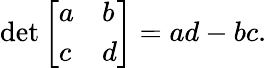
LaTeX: \operatorname*{det}{\left[\begin{array}{ll}{a}&{b}\\ {c}&{d}\end{array}\right]}=ad-bc.